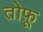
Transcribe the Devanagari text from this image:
तोफ़ू